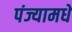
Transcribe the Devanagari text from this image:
पंज्यामधे